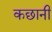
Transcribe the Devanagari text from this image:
कछानी